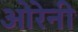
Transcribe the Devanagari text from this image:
ओरेनी